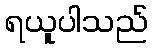
ရယူပါသည်